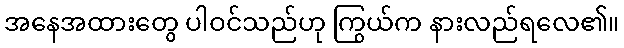
အနေအထားတွေ ပါဝင်သည်ဟု ကြွယ်က နားလည်ရလေ၏။